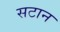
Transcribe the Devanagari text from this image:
सटान